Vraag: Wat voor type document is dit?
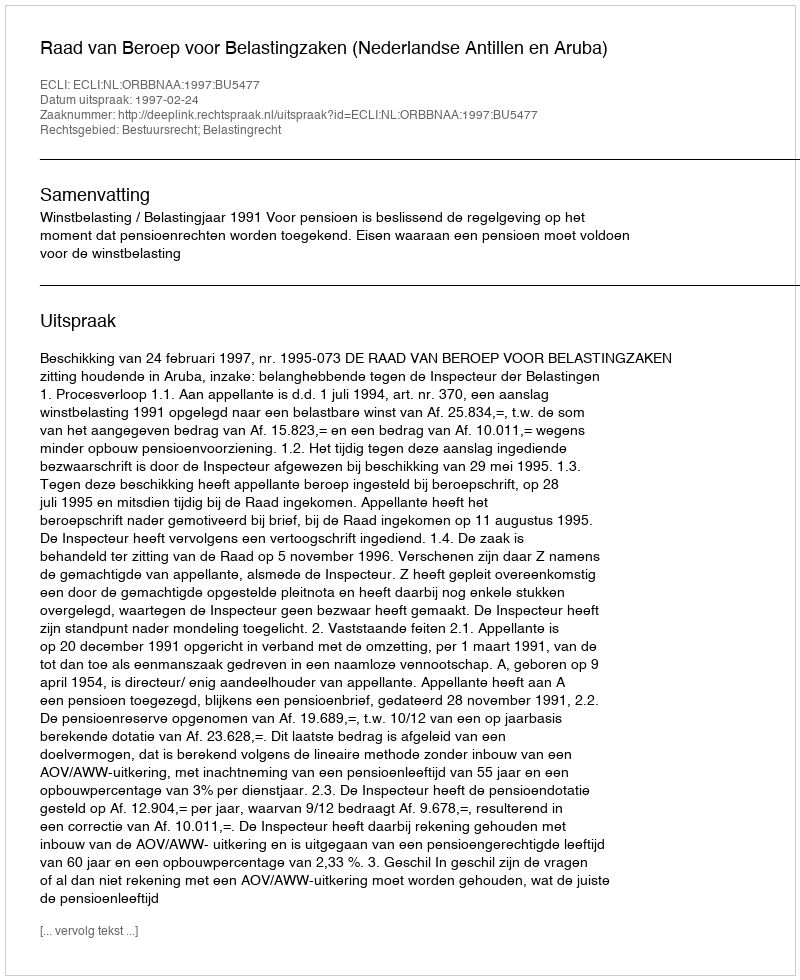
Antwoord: Uitspraak